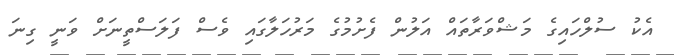
އެކު ސުލްހައިގެ މަޝްވަރާތައް އަލުން ފެށުމުގެ މަރުހަލާގައި ވެސް ފަލަސްތީނަށް ވަނީ ގިނަ